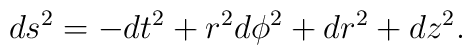
ds^2 =  -dt^2 + r^2 d \phi^2 + dr^2 + dz^2.